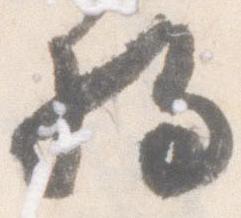
将